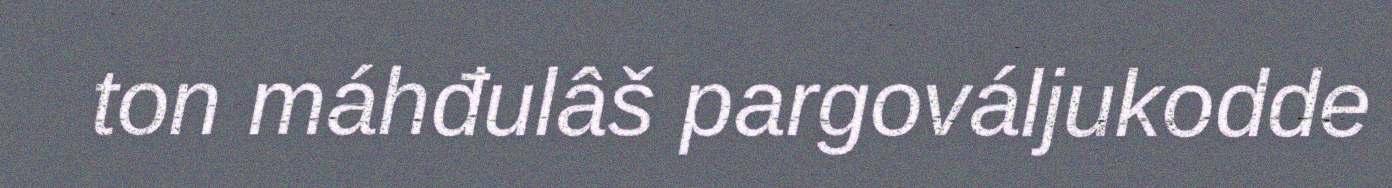
ton máhđulâš pargováljukodde